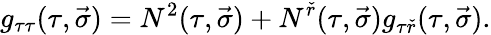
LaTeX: g_{\tau\tau}(\tau,\vec{\sigma})=N^{2}(\tau,\vec{\sigma})+N^{\check{r}}(\tau,\vec{\sigma})g_{\tau\check{r}}(\tau,\vec{\sigma}).